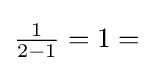
{\textstyle {\frac {1}{2-1}}=1=}